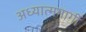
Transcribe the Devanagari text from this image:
अध्यात्ममार्गी